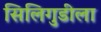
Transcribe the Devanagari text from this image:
सिलिगुडीला